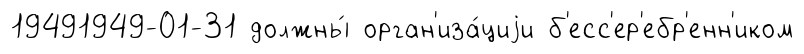
19491949-01-31 должны́ орган'иза́циjи б'есс'ер'ебр'енн'иком